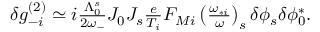
\begin{array} { r } { \delta g _ { - i } ^ { ( 2 ) } \simeq i \frac { \Lambda _ { 0 } ^ { s } } { 2 \omega _ { - } } J _ { 0 } J _ { s } \frac { e } { T _ { i } } F _ { M i } \left( \frac { \omega _ { * i } } { \omega } \right) _ { s } \delta \phi _ { s } \delta \phi _ { 0 } ^ { * } . } \end{array}